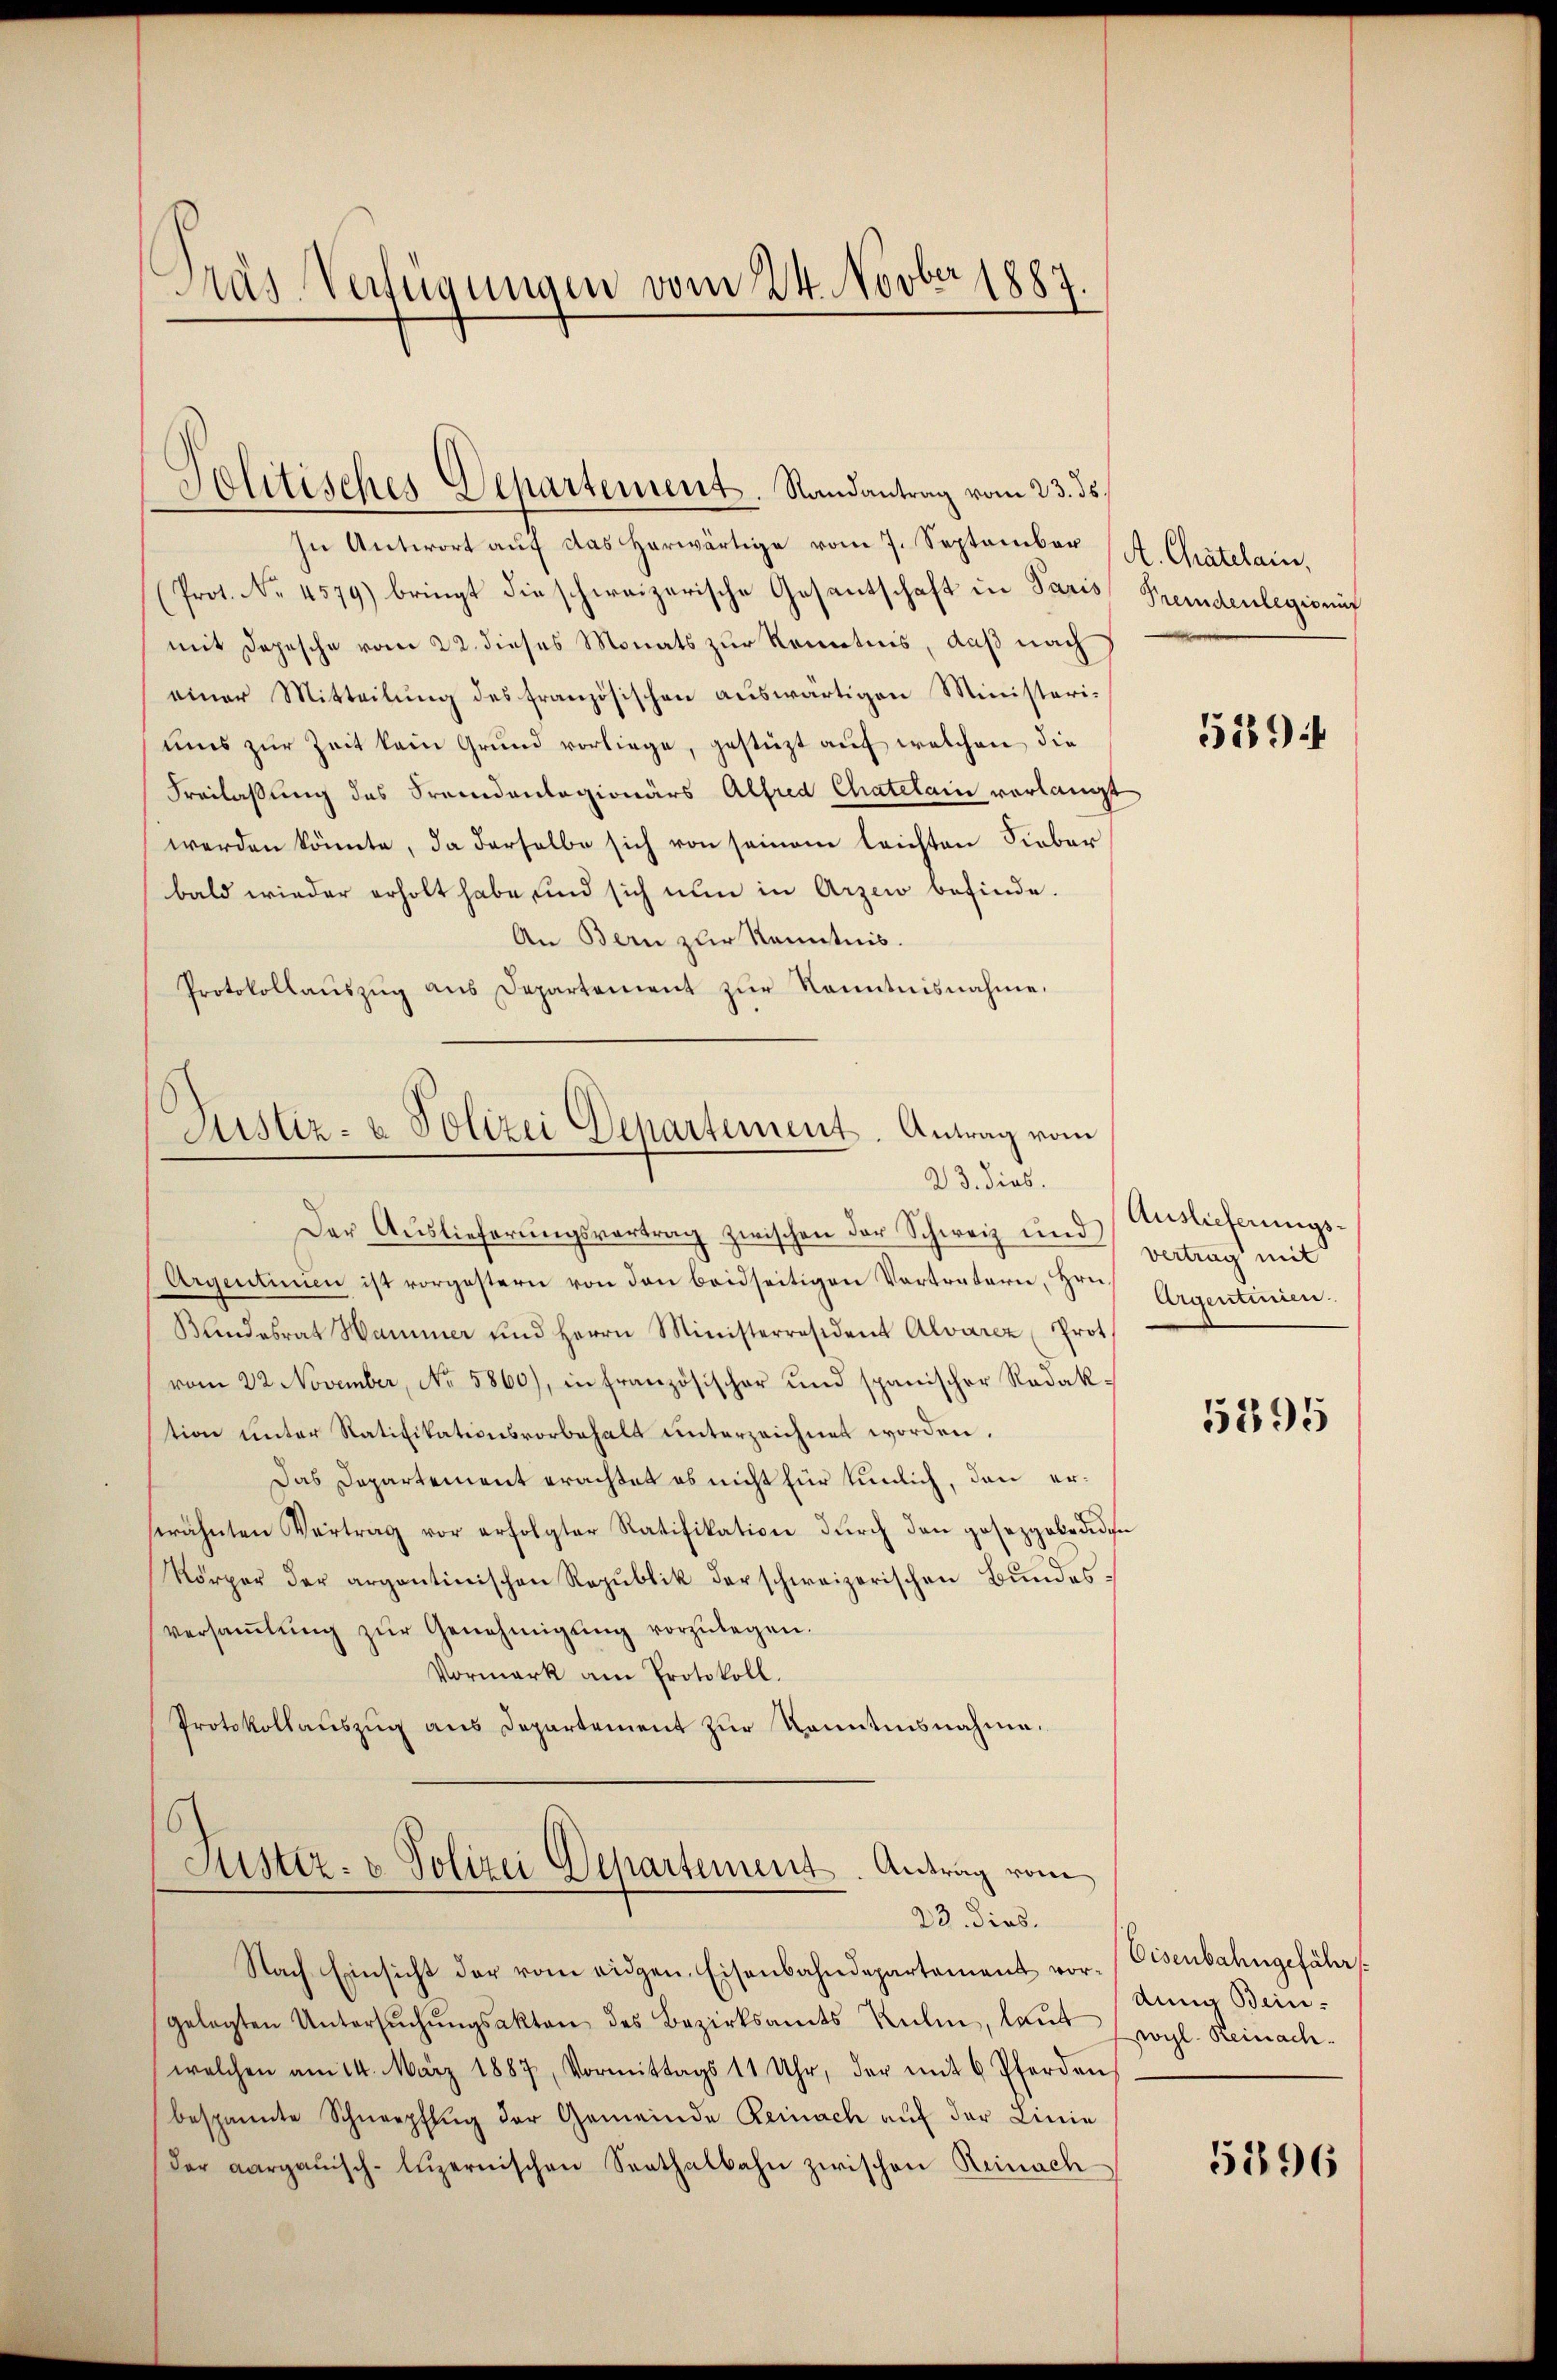
Pras Verfügungen vom 24. Novber 1887.

In Antwort aŭf das herwärtige vom 7. September K. Chatelain,
(Prot. No. 4579) bringt die schweizerische Gesantschaft in Paris Fremdenlegio auf
mit Depesche vom 22. dieses Monats zur Kenntnis, daß nach
einer Mitteilung des französischen auswärtigen Ministeriums zur Zeit kein Grund vorliege, gestüzt auf welchen die
Freilassung des Fremdenlagionärs Alfred Chatelain verlangt
werden könnte, da derselbe sich von seinem leichten Sieber
bald wieder erholt habe und sich nun in Arzen befinde.
An Bern zur Kenntnis.
Protokollaŭszŭg aŭs Departement zŭr Kenntnisnahme.

Politisches Departement. Randantrag vom 23. ds.

Justiz- & Polizei Departement. Antrag vom
23. dies.

Der Auslieferungsvertrag zwischen der Schweiz und
Argentinien ist vorgestern von den beidseitigen Verträtern, Hrn.
Bundesrat Hammer und Herrn Ministerresident Alvarez (Prot.
vom 22. November, No 5860), in französischer und spanischer Redak-
tion unter Ratifikationsvorbehalt unterzeichnet worden.
Das Departement erachtet es nicht für tunlich, den erserähnten Vertrag vor erfolgter Ratifikation dŭrch den gesezgobedien
Körper der argontinischen Republik der schweizerischen Bundesversaṁlŭng zŭr Genehmigŭng vorzŭlegen.
Vormark am Protokoll.
Protokollauszug aus Departement zur Kenntnisnahme.

Justiz- u. Polizei Departement. Antrag vom
23. dies.

Nach Einsicht der vom eidgen. Eisenbahndepartement vorgelegten Untersŭchŭngsakten des Bezirksamts Kulm, laŭt
welchen am 14. März 1887, Vormittags 11 Uhr, der mit 6 Pferden
bespannte Schnerpflŭg der Gemeinde Reinach aŭf der Linie
der aargauisch-luzernischen Senthalbahn zwischen Reinach¬

589

Auslieferungsvertrag mit
Argentiiren.

5395

Eisenbahngefähr
Anna Bein.
wyl. Reinach.

5896